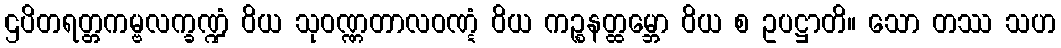
ဌပိတရတ္တကမ္ဗလက္ခဏ္ဍံ ဝိယ သုဝဏ္ဏတာလဝဏ္ဋံ ဝိယ ကဉ္စနတ္ထမ္ဘော ဝိယ စ ဥပဋ္ဌာတိ။ သော တဿ သဟ